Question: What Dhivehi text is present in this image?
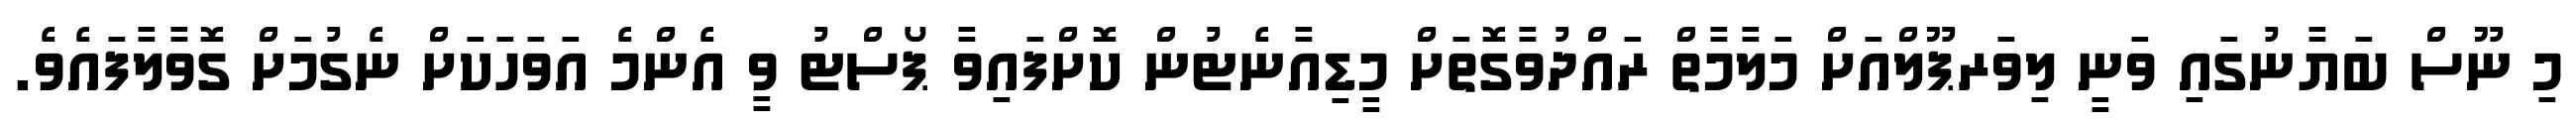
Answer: މި ނޫސް ބަޔާނުގައި ވަނީ ލިވަރޕޫލްއަށް މަލާމާތް ރައްދުވާގޮތަށް މީޑިއާނެޓުން ކޮށްފައިވާ ޕޯސްޓު ވީ އެންމެ އަވަހަކަށް ނެގުމަށް ގޮވާލާފައެވެ.